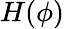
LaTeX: H(\phi)